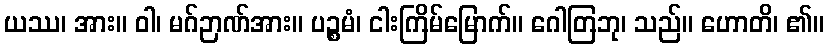
ယဿ၊ အား။ ဝါ၊ မဂ်ဉာဏ်အား။ ပဉ္စမံ၊ ငါးကြိမ်မြောက်။ ဂေါတြဘု၊ သည်။ ဟောတိ၊ ၏။